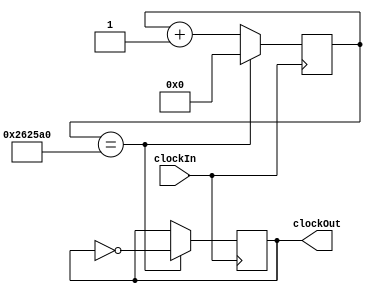
//Timer to slow down the 50Mhz reference clock down to 1hz.
//Copyright (c) 2018 Alexander Knapik under the GNU General Public License v3.0 or any other later version
//20.04.2018

/*
    This file is part of Alexander Knapik's Home Alarm Student Project.

    Alexander Knapik's Home Alarm Student Project is free software: you can redistribute it and/or modify
    it under the terms of the GNU General Public License as published by
    the Free Software Foundation, either version 3 of the License, or
    (at your option) any later version.

    Alexander Knapik's Home Alarm Student Project is distributed in the hope that it will be useful,
    but WITHOUT ANY WARRANTY; without even the implied warranty of
    MERCHANTABILITY or FITNESS FOR A PARTICULAR PURPOSE.  See the
    GNU General Public License for more details.

    You should have received a copy of the GNU General Public License
    along with Alexander Knapik's Home Alarm Student Project.  If not, see <http://www.gnu.org/licenses/>.
	 
	 If you modify this Program, or any covered work, by linking or combining it with singlePLL 
	 (or a modified version of that library), containing parts covered by the terms of 
	 Altera Corporation, the licensors of this Program grant you 
	 additional permission to convey the resulting work.
*/

//Timescale for simulation.
//Time step: 10ms
//with 1ns resolution.
`timescale 100ns/100ns

module clockGen

	//Redfinable parameters when instantiated, used for setting input and output clock speeds. 
#(	
	parameter inputSpeed = 5000000,	//Input reference clock
	parameter outputSpeed = 1, 	//Output clock speed in Hz.
	parameter busWidth = 26		//Define the bit width based on the clockSpeed. 

)						
(
	//Define inputs
	input clockIn,	//Input clock. Speed defined in inputSpeed
	
	//Don't gate the clock! - Glenn Matthews
	//input enable,	//Enable timer to start counting (active high). If low, freeze the count value.
	//input reset_n,//Synchronous master reset (active low)
	
	output clockOut//Output clock. Speed defined in outputSpeed
	
);
	
	localparam [ ( busWidth - 1 ) : 0 ] clockSpeed = ( 0.5 * ( inputSpeed / outputSpeed ) );	//Value used for maths in the code based on the two clock speeds.
																															//Half due to the count value inverting at half the period. 
	//localparm clockSpeed	= 20; 																				//Debug value
	
	//parameter busWidth = 21; //debug value for modelSim
	
	reg [ ( busWidth - 1 ) : 0 ] count = 1'b0;	//Define counter register used to store the value for counting
	//initial count = 1'b0;					//Initial value for simulation only. (Non synthesisable).
	reg clk = 1'b0;										//Define register for assigning clockOut to 
	
	assign clockOut = clk;

	//Always block for counting
	//Sensitivity list
	always @( posedge( clockIn ) ) //Synchronous action only on a clock edge. 
		begin
		
			/*		
			//If reset_n is low, set the count value back to zero.
			if( reset_n == 1'b0 )
				begin
					count <= 1'b0;		//Reset count value
				end	
			
			//If enable is low, freeze the count value.
			if ( enable == 1'b0 )
				begin
					count <= count;	//Keep count value the same.
				end
			*/
			
			//If the count has reached the desired value, inverse the clock and reset the count
			if ( ( count == clockSpeed ) )
				begin
					clk <= ~clk;		//Invert the clock
					count <= 1'b0;		//Reset the count value.
				end

			//Else increment the count variable
			else
				begin
					count <= count + 1'b1;
				end
				
		end //Always
		
endmodule